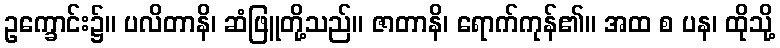
ဥက္ခောင်း၌။ ပလိတာနိ၊ ဆံဖြူတို့သည်။ ဇာတာနိ၊ ရောက်ကုန်၏။ အထ စ ပန၊ ထိုသို့